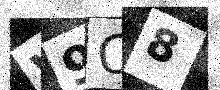
Text: W9O8